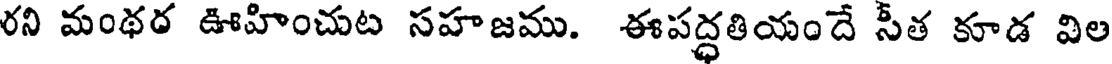
రని మంథర ఊహించుట సహజము. ఈపద్ధతియందే సీత కూడ విల